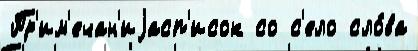
Пр'им'ечан'иjасп'исок со с'ело сло́ва